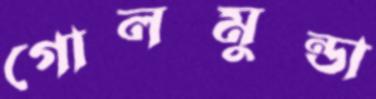
গোলমুন্ডা